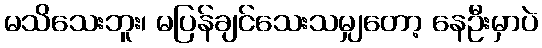
မသိသေးဘူး၊ မပြန်ချင်သေးသမျှတော့ နေဦးမှာပဲ